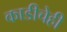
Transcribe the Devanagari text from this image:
काडीचेही